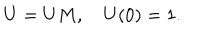
\dot { U } = U M , { \quad } U ( 0 ) = 1 .